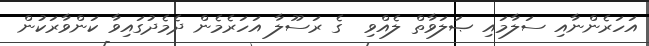
އަހަރެންނާއި ސަލާމައި ޞަލަވާތް ލެއްވި  ގެ ރަސޫލާ އަހަރެމެން ދެމެދުގައިވާ ކަންވާރަކުން